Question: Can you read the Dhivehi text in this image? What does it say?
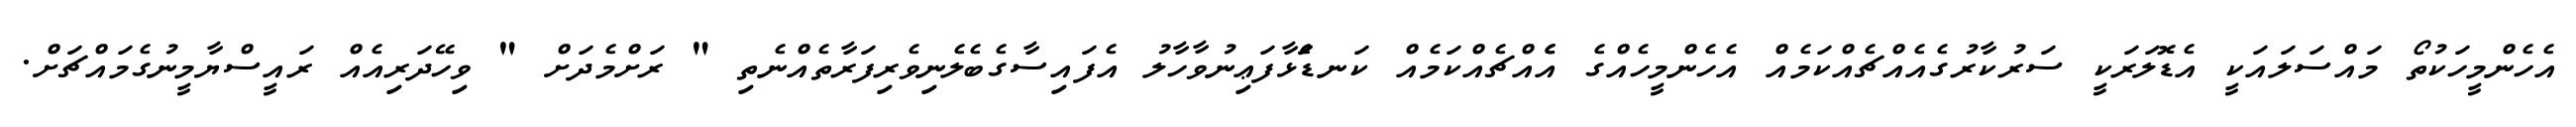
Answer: އެހެންމީހަކުތޯ މައްސަލައަކީ އެޑޮލަރަކީ ސަރުކާރުގެއެއްޗެއްކަމެއް އެހެންމީހެއްގެ އެެއްޗެއްކަމެއް ކަނޑަެަޅާފަޢިނުވާހާލު އެފައިސާގެބެލެނިވެރިފަރާތެއްނެތި " ރަށްމެދަށް " ވިހޭދަރިއެއް ރައީސްޔާމީނުގެމައްޗަށް.